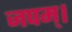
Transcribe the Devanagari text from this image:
जपम्‌।